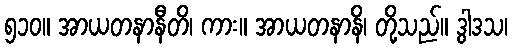
၅၁၀။ အာယတနာနီတိ၊ ကား။ အာယတနာနိ၊ တို့သည်။ ဒွါဒသ၊